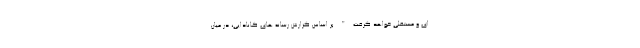
ای و مستقلی خواهد گرفت." بر اساس گزارش رسانه های کانادایی، در میان